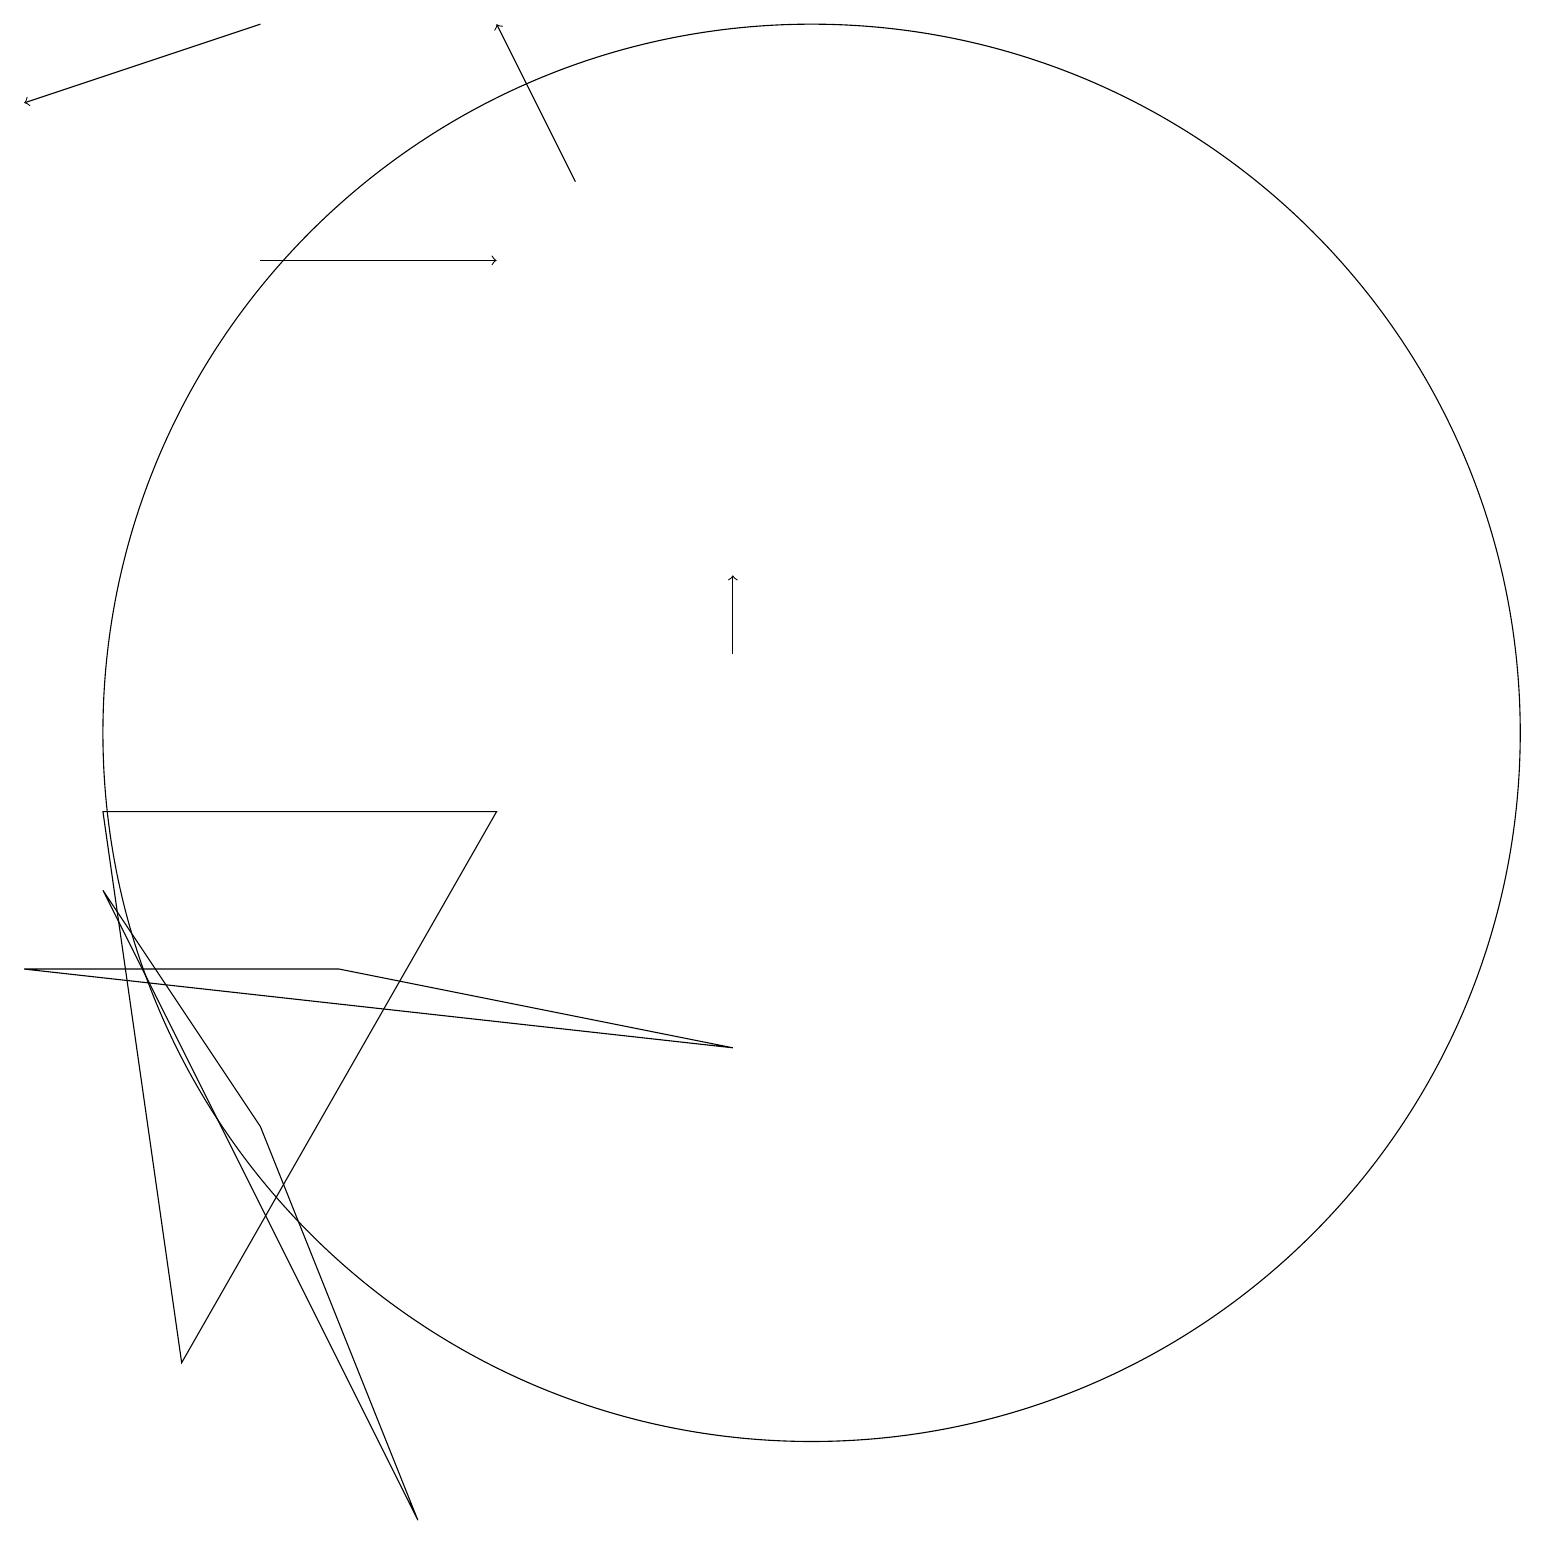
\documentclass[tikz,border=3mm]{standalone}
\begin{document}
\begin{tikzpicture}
\draw (10,10) circle (9);
\draw (6,9) -- (2,2) -- (1,9) -- cycle;
\draw[->] (3,16) -- (6,16);
\draw (5,0) -- (3,5) -- (1,8) -- cycle;
\draw[->] (9,11) -- (9,12);
\draw[->] (7,17) -- (6,19);
\draw (4,7) -- (0,7) -- (9,6) -- cycle;
\draw[->] (3,19) -- (0,18);
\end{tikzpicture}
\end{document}